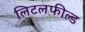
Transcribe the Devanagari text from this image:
लिटलफील्ड